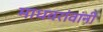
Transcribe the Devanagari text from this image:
माधवरांवांनी